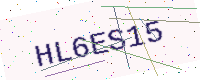
Text: HL6ES15